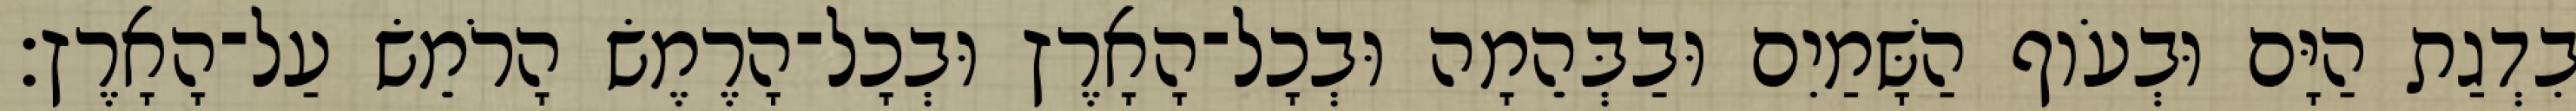
בִדְגַת הַיָּם וּבְעֹוף הַשָּׁמַיִם וּבַבְּהֵמָה וּבְכָל־הָאָרֶץ וּבְכָל־הָרֶמֶשׂ הָרֹמֵשׂ עַל־הָאָרֶץ׃